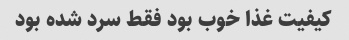
کیفیت غذا خوب بود فقط سرد شده بود